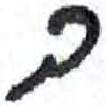
אות: ב